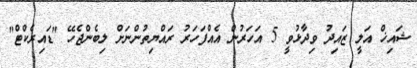
ޝައިޚް އަލީ ޒައިދު ވިދާޅުވީ 5 އަހަރުން އެއްފަހަރު ރައްޔިތުންނަށް ލިބެންޖެހޭ "ޑައިރެކްޓް"